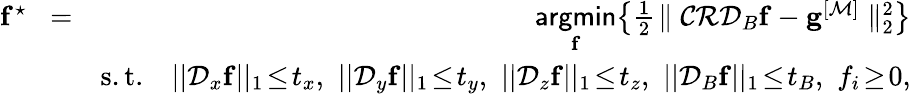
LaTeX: \begin{array}{rlr}{\mathbf{f}^{\star}\! }&{=}&{\! \underset{\mathbf{f}}{\mathsf{argmin}}\! \left\{ \frac{1}{2}\! \parallel\mathcal{C}\mathcal{R}\mathcal{D}_{B}{\mathbf{f}}-\mathbf{g}^{[\mathcal{M}]}\parallel_{2}^{2}\right\} }\\ &{}&{\mathrm{s.t.}\quad||\mathcal{D}_{x}{\mathbf{f}}||_{1}\! \le\! t_{x},\, \, ||\mathcal{D}_{y}{\mathbf{f}}||_{1}\! \le\! t_{y},\, \, ||\mathcal{D}_{z}{\mathbf{f}}||_{1}\! \le\! t_{z},\, \, ||\mathcal{D}_{B}{\mathbf{f}}||_{1}\! \le\! t_{B},\, \, f_{i}\! \ge\! 0,}\end{array}